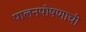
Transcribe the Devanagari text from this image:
पालनपोषणाची